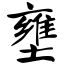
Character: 壅